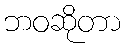
ဘဝဆိုတာ